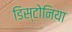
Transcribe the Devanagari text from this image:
डिस्टोनिया